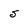
Character: 5